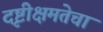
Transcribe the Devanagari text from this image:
दृष्टीक्षमतेचा